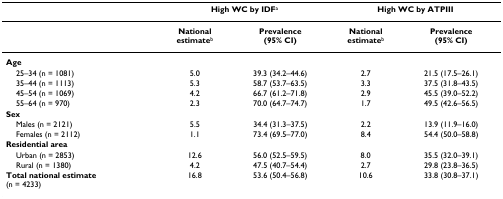
|  | <COLSPAN=2> High WC by IDFa | <COLSPAN=2> High WC by ATPIII |
 | --- | --- | --- | --- | --- |
 |  | Nationalestimateb | Prevalence(95% CI) | Nationalestimateb | Prevalence(95% CI) |
 | Age |  |  |  |  |
 | 25–34 (n = 1081) | 5.0 | 39.3 (34.2–44.6) | 2.7 | 21.5 (17.5–26.1) |
 | 35–44 (n = 1113) | 5.3 | 58.7 (53.7–63.5) | 3.3 | 37.5 (31.8–43.5) |
 | 45–54 (n = 1069) | 4.2 | 66.7 (61.2–71.8) | 2.9 | 45.5 (39.0–52.2) |
 | 55–64 (n = 970) | 2.3 | 70.0 (64.7–74.7) | 1.7 | 49.5 (42.6–56.5) |
 | Sex |  |  |  |  |
 | Males (n = 2121) | 5.5 | 34.4 (31.3–37.5) | 2.2 | 13.9 (11.9–16.0) |
 | Females (n = 2112) | 1.1 | 73.4 (69.5–77.0) | 8.4 | 54.4 (50.0–58.8) |
 | Residential area |  |  |  |  |
 | Urban (n = 2853) | 12.6 | 56.0 (52.5–59.5) | 8.0 | 35.5 (32.0–39.1) |
 | Rural (n = 1380) | 4.2 | 47.5 (40.7–54.4) | 2.7 | 29.8 (23.8–36.5) |
 | Total national estimate(n = 4233) | 16.8 | 53.6 (50.4–56.8) | 10.6 | 33.8 (30.8–37.1) |